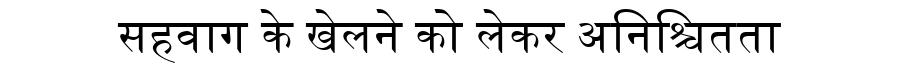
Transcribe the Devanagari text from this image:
सहवाग के खेलने को लेकर अनिश्चितता